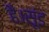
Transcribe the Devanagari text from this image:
है।सूंड